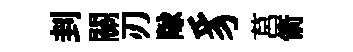
刲關刃隊豸莒箭